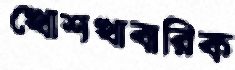
খোশখাবারিক